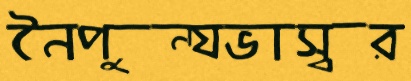
নৈপুন্যভাস্বর